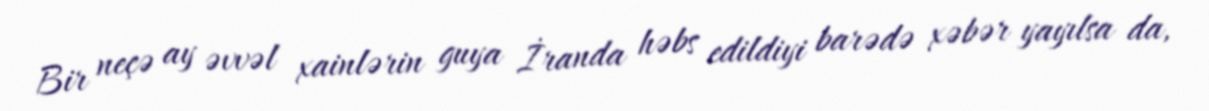
Bir neçə ay əvvəl xainlərin guya İranda həbs edildiyi barədə xəbər yayılsa da,